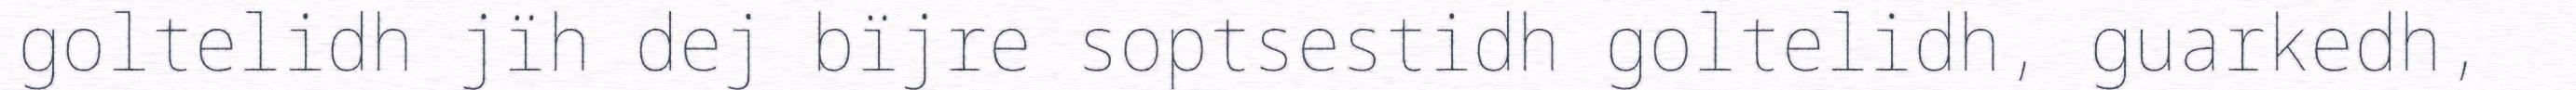
goltelidh jïh dej bïjre soptsestidh goltelidh, guarkedh,